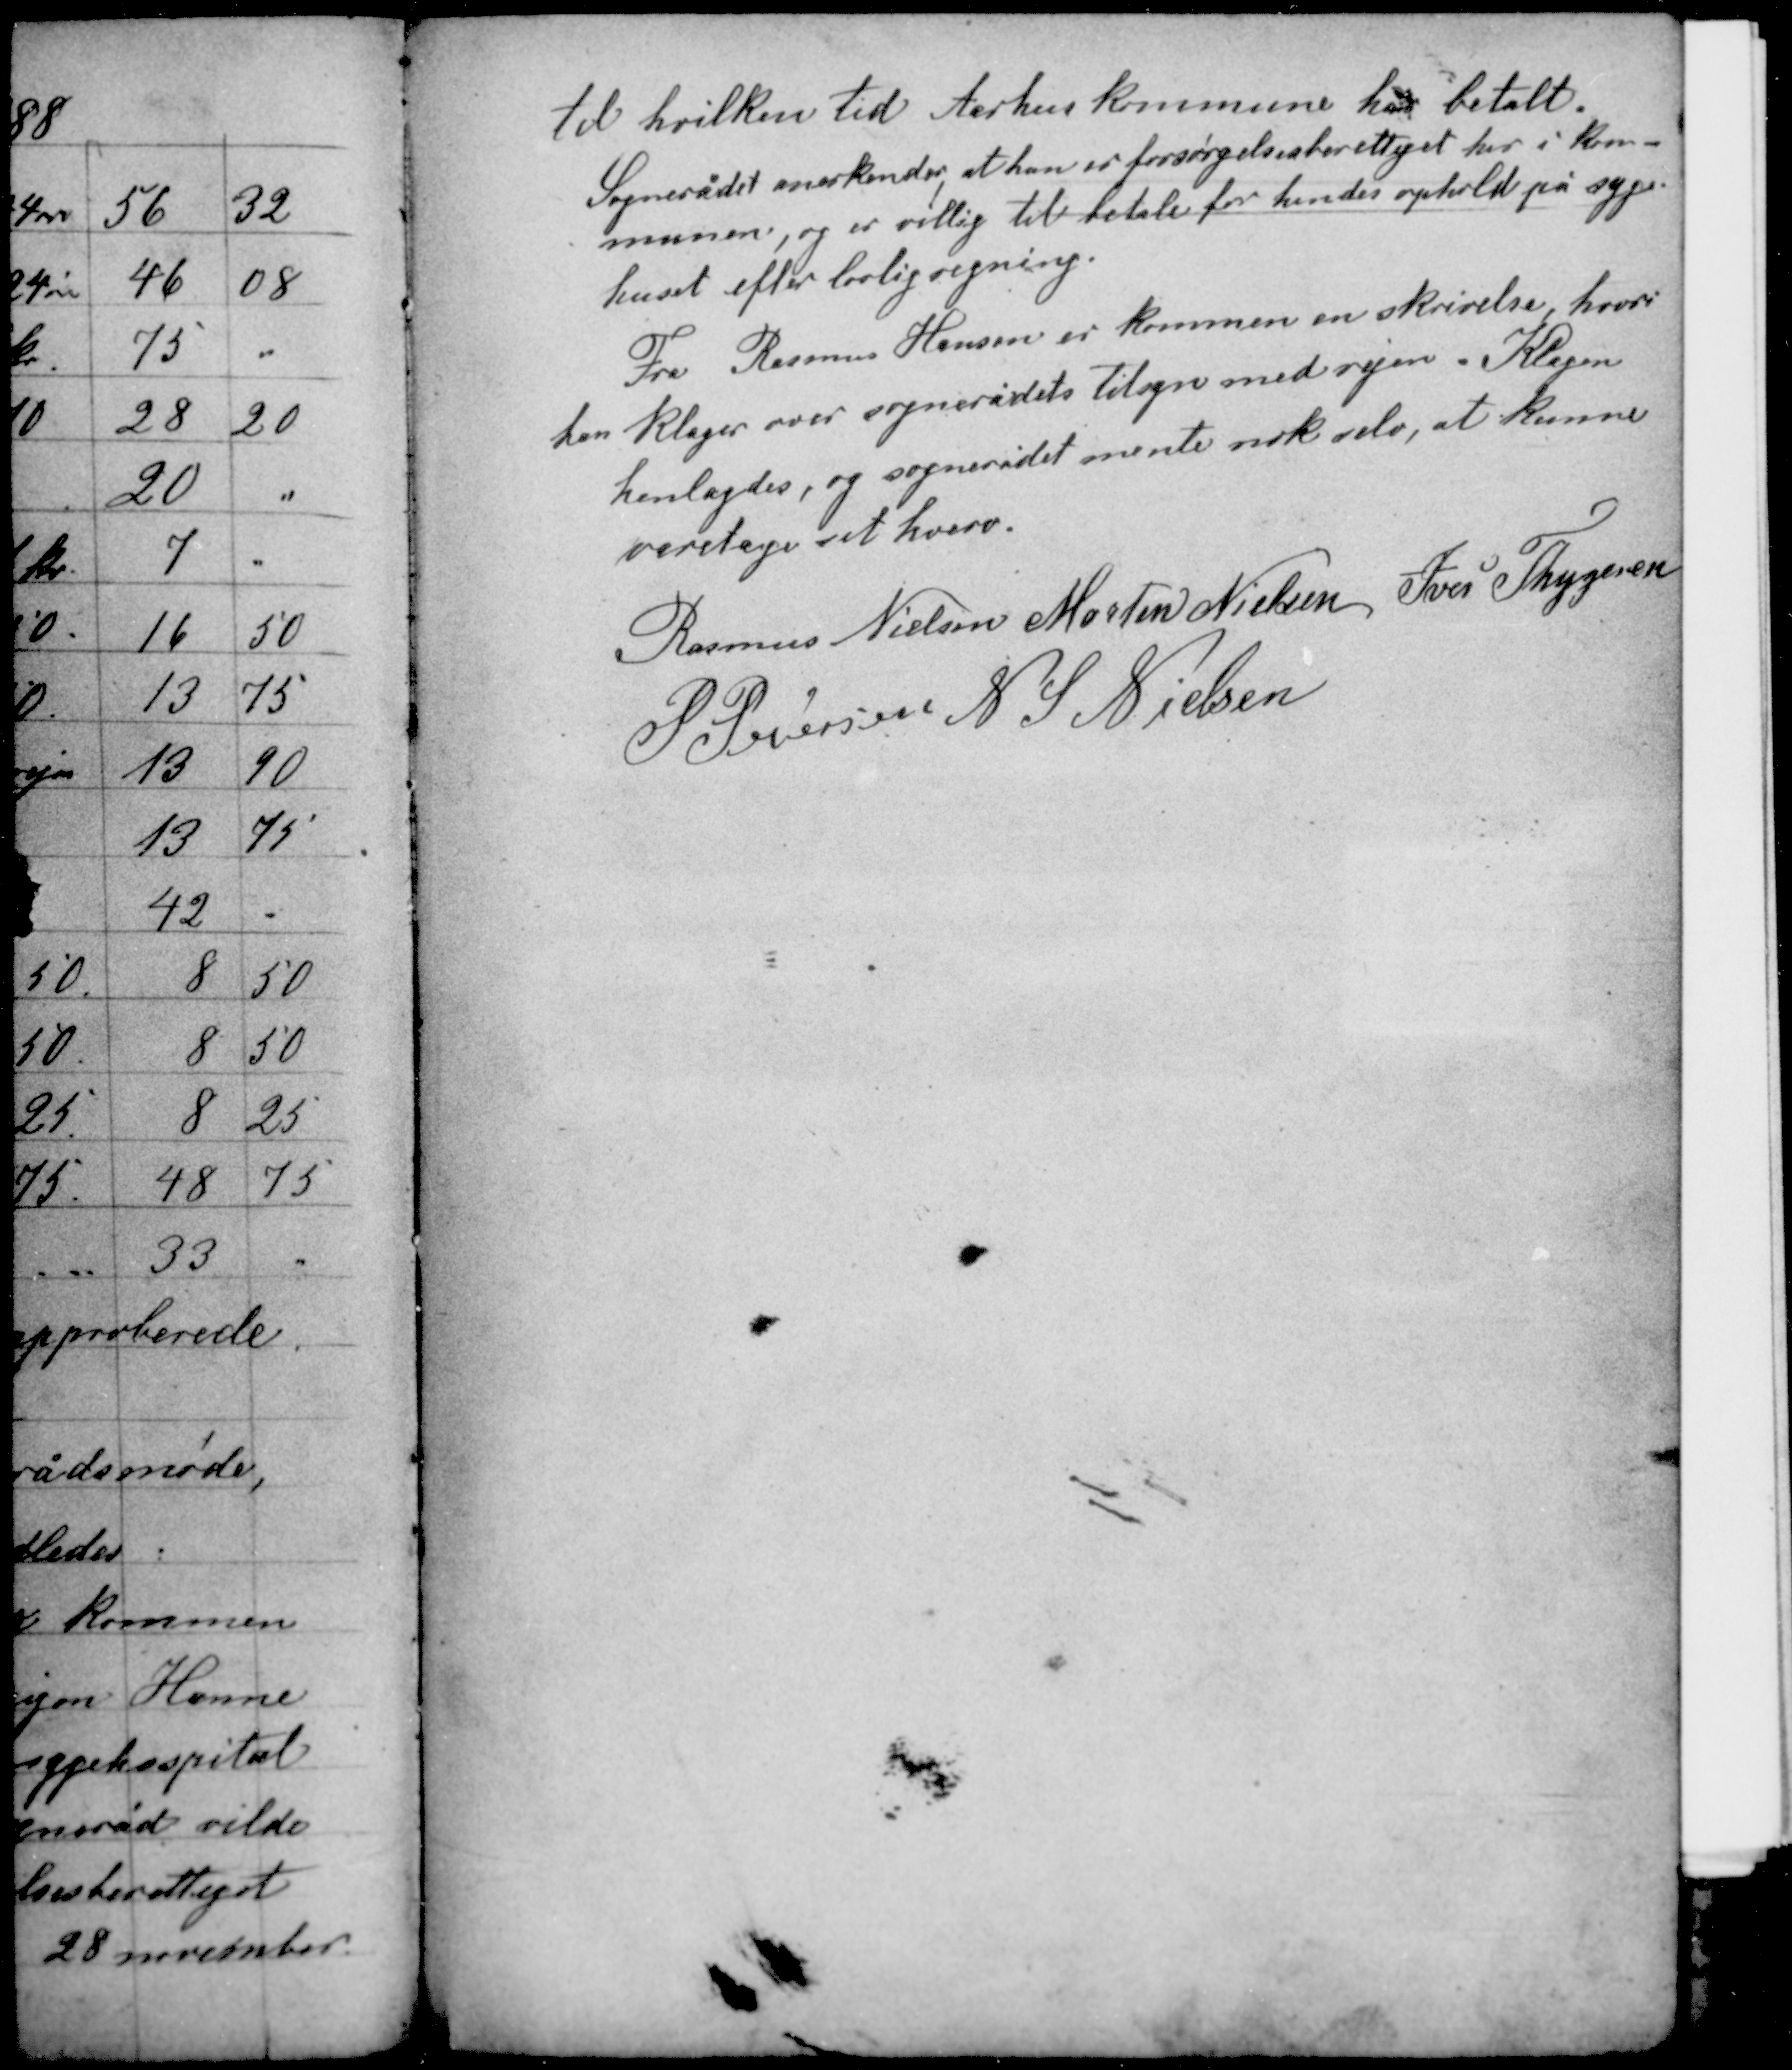
Transskription:
til hvilken tid Aarhus kommune har betalt.
Sognerådet anerkender, at hun er forsørgelsesberettiget her i kom-
munen, og er villig til betale for hendes ophold på syge-
huset efter lovlig regning.

Fra Rasmus Hansen er kommen en skrivelse, hvori
han klager over sognerådets tilsyn med vejen. Klagen
henlagdes, og sognerådet mente nok selv, at kunne
varetage det hverv.

Rasmus Nielsen Morten Nielsen Iver Thygesen
P. Pedersen N. S. Nielsen